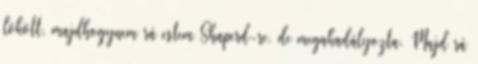
lökött, majdhogynem rá estem Shaperd-re, de megakadályozta. Majd rá